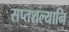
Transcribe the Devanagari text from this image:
सप्तशल्यानि